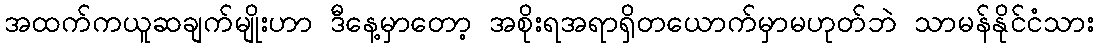
အထက်ကယူဆချက်မျိုးဟာ ဒီနေ့မှာတော့ အစိုးရအရာရှိတယောက်မှာမဟုတ်ဘဲ သာမန်နိုင်ငံသား